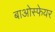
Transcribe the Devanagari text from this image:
बाओस्फेयर